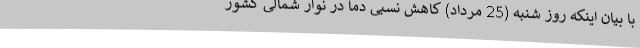
با بیان اینکه روز شنبه (25 مرداد) کاهش نسبی دما در نوار شمالی کشور